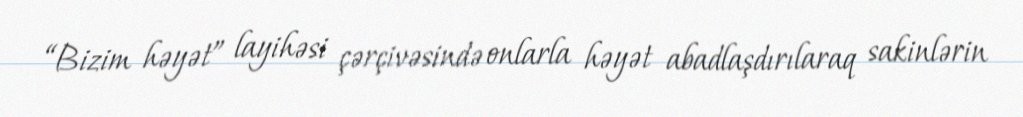
“Bizim həyət” layihəsi çərçivəsində onlarla həyət abadlaşdırılaraq sakinlərin